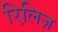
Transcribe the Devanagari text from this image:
रिलि़ज़